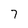
Character: 7